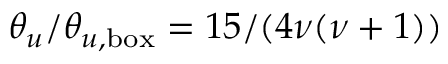
\theta _ { u } / \theta _ { u , \mathrm { b o x } } = 1 5 / ( 4 \nu ( \nu + 1 ) )